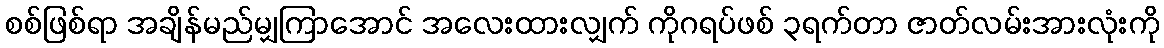
စစ်ဖြစ်ရာ အချိန်မည်မျှကြာအောင် အလေးထားလျှက် ကိုဂရပ်ဖစ် ၃ရက်တာ ဇာတ်လမ်းအားလုံးကို